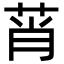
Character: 莦